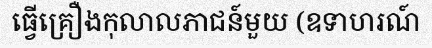
ធ្វើគ្រឿងកុលាលភាជន៍មួយ (ឧទាហរណ៍